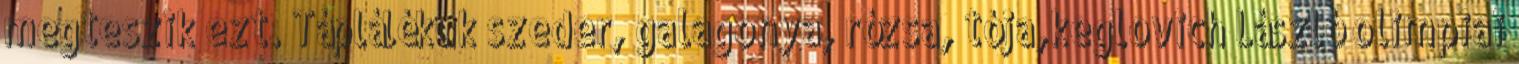
megteszik ezt. Táplálékuk szeder, galagonya, rózsa, tója,keglovich László olimpiai